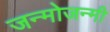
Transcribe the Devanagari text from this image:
जन्मोजन्मी